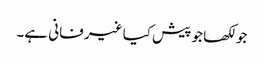
جو لکھا جو پیش کیا غیر فانی ہے۔